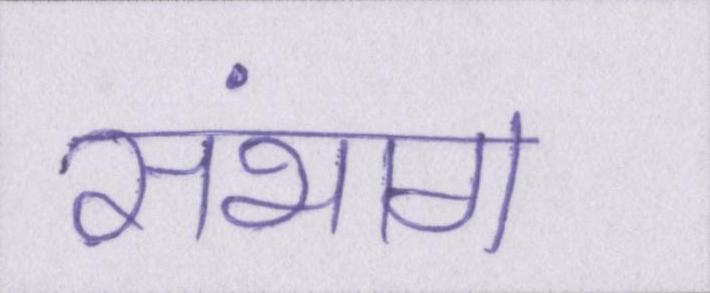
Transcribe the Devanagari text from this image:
संभाग